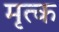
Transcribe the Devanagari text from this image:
मृत्क